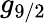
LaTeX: g_{9/2}